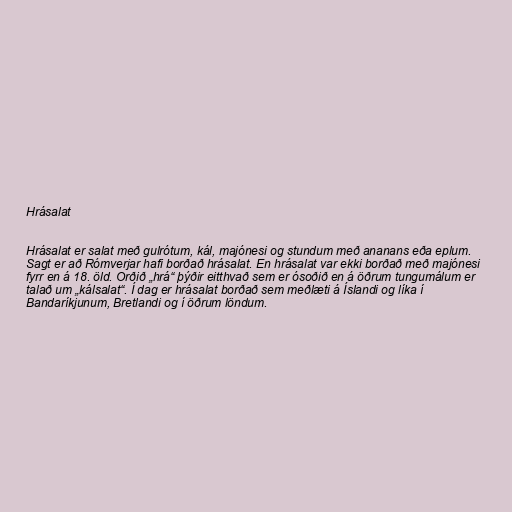
Hrásalat

Hrásalat er salat með gulrótum, kál, majónesi og stundum með ananans eða eplum.
Sagt er að Rómverjar hafi borðað hrásalat. En hrásalat var ekki borðað með majónesi
fyrr en á 18. öld. Orðið „hrá“ þýðir eitthvað sem er ósoðið en á öðrum tungumálum er
talað um „kálsalat“. Í dag er hrásalat borðað sem meðlæti á Íslandi og líka í
Bandaríkjunum, Bretlandi og í öðrum löndum.